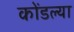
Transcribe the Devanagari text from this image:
कोंडल्या